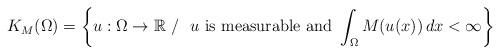
LaTeX: \begin{align*}K_M(\Omega) = \left\{ u:\Omega \to \mathbb{R}~/~ \mbox{ $u$ is measurable\ and } \int_{\Omega} M(u(x))\, dx < \infty \right\}\end{align*}